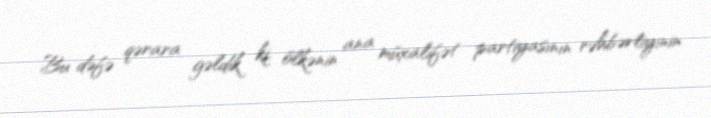
Bu dəfə qərara gəldik ki, ölkənin ana müxalifət partiyasının rəhbərliyinin